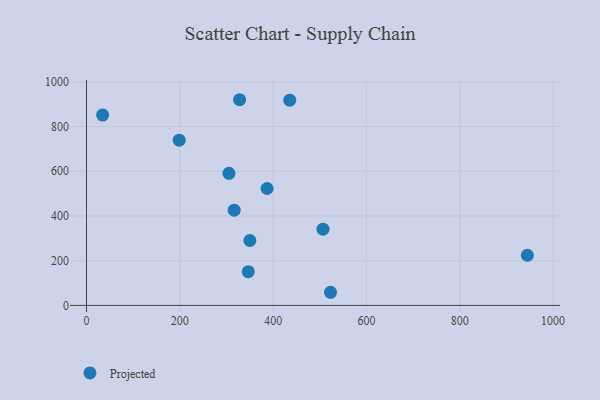
{"axis": {"x": "Speed", "y": "Exam Score"}, "legend": ["Projected"], "data": [{"x": "506.9", "y": 340.9, "type": "Projected"}, {"x": "945.0", "y": 224.4, "type": "Projected"}, {"x": "34.5", "y": 851.3, "type": "Projected"}, {"x": "350.1", "y": 290.4, "type": "Projected"}, {"x": "435.6", "y": 917.9, "type": "Projected"}, {"x": "305.3", "y": 590.8, "type": "Projected"}, {"x": "328.1", "y": 920.1, "type": "Projected"}, {"x": "198.7", "y": 739.3, "type": "Projected"}, {"x": "346.7", "y": 150.8, "type": "Projected"}, {"x": "316.5", "y": 425.9, "type": "Projected"}, {"x": "387.1", "y": 523.0, "type": "Projected"}, {"x": "523.0", "y": 58.7, "type": "Projected"}]}